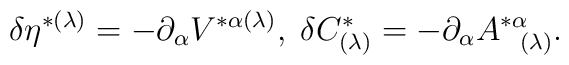
\delta \eta ^{*(\lambda )}=-\partial _{\alpha }V^{*\alpha (\lambda)},\;\delta C_{(\lambda )}^{*}=-\partial _{\alpha }A_{\;\;\;(\lambda)}^{*\alpha }.